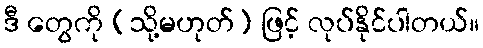
ဒီ တွေကို (သို့မဟုတ်) ဖြင့် လုပ်နိုင်ပါတယ်။